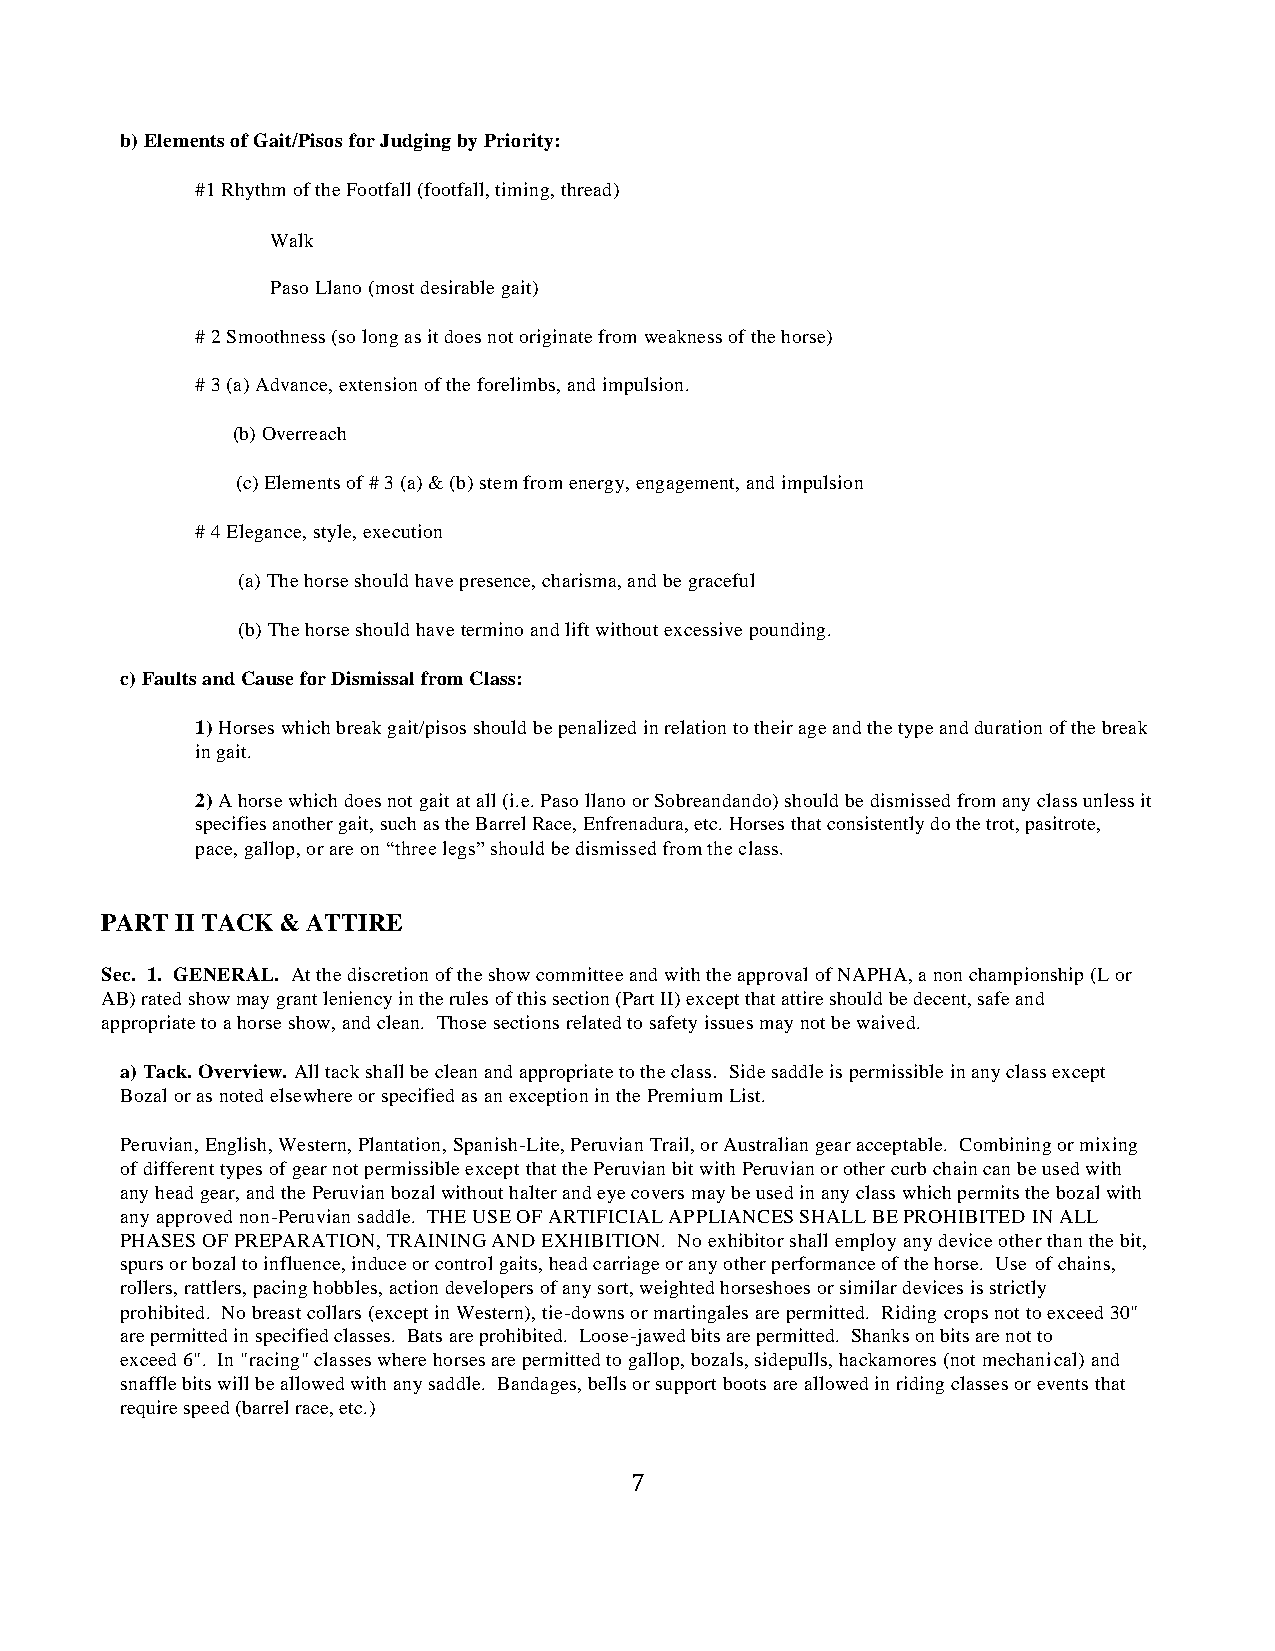
b) Elements of Gait/Pisos for Judging by Priority:
 #1 Rhythm of the Footfall (footfall, timing, thread)
 Walk
 Paso Llano (most desirable gait)
 # 2 Smoothness (so long as it does not originate from weakness of the horse)
 # 3 (a) Advance, extension of the forelimbs, and impulsion.
 (b) Overreach
 (c) Elements of # 3 (a) & (b) stem from energy, engagement, and impulsion
 # 4 Elegance, style, execution
 (a) The horse should have presence, charisma, and be graceful
 (b) The horse should have termino and lift without excessive pounding.
 c) Faults and Cause for Dismissal from Class:
 1) Horses which break gait/pisos should be penalized in relation to their age and the type and duration of the break
 in gait.
 2) A horse which does not gait at all (i.e. Paso llano or Sobreandando) should be dismissed from any class unless it
 specifies another gait, such as the Barrel Race, Enfrenadura, etc. Horses that consistently do the trot, pasitrote,
 pace, gallop, or are on “three legs” should be dismissed from the class.
 PART II TACK & ATTIRE
 Sec. 1. GENERAL. At the discretion of the show committee and with the approval of NAPHA, a non championship (L or
 AB) rated show may grant leniency in the rules of this section (Part II) except that attire should be decent, safe and
 appropriate to a horse show, and clean. Those sections related to safety issues may not be waived.
 a) Tack. Overview. All tack shall be clean and appropriate to the class. Side saddle is permissible in any class except
 Bozal or as noted elsewhere or specified as an exception in the Premium List.
 Peruvian, English, Western, Plantation, Spanish-Lite, Peruvian Trail, or Australian gear acceptable. Combining or mixing
 of different types of gear not permissible except that the Peruvian bit with Peruvian or other curb chain can be used with
 any head gear, and the Peruvian bozal without halter and eye covers may be used in any class which permits the bozal with
 any approved non-Peruvian saddle. THE USE OF ARTIFICIAL APPLIANCES SHALL BE PROHIBITED IN ALL
 PHASES OF PREPARATION, TRAINING AND EXHIBITION. No exhibitor shall employ any device other than the bit,
 spurs or bozal to influence, induce or control gaits, head carriage or any other performance of the horse. Use of chains,
 rollers, rattlers, pacing hobbles, action developers of any sort, weighted horseshoes or similar devices is strictly
 prohibited. No breast collars (except in Western), tie-downs or martingales are permitted. Riding crops not to exceed 30"
 are permitted in specified classes. Bats are prohibited. Loose-jawed bits are permitted. Shanks on bits are not to
 exceed 6". In "racing" classes where horses are permitted to gallop, bozals, sidepulls, hackamores (not mechanical) and
 snaffle bits will be allowed with any saddle. Bandages, bells or support boots are allowed in riding classes or events that
 require speed (barrel race, etc.)
 7